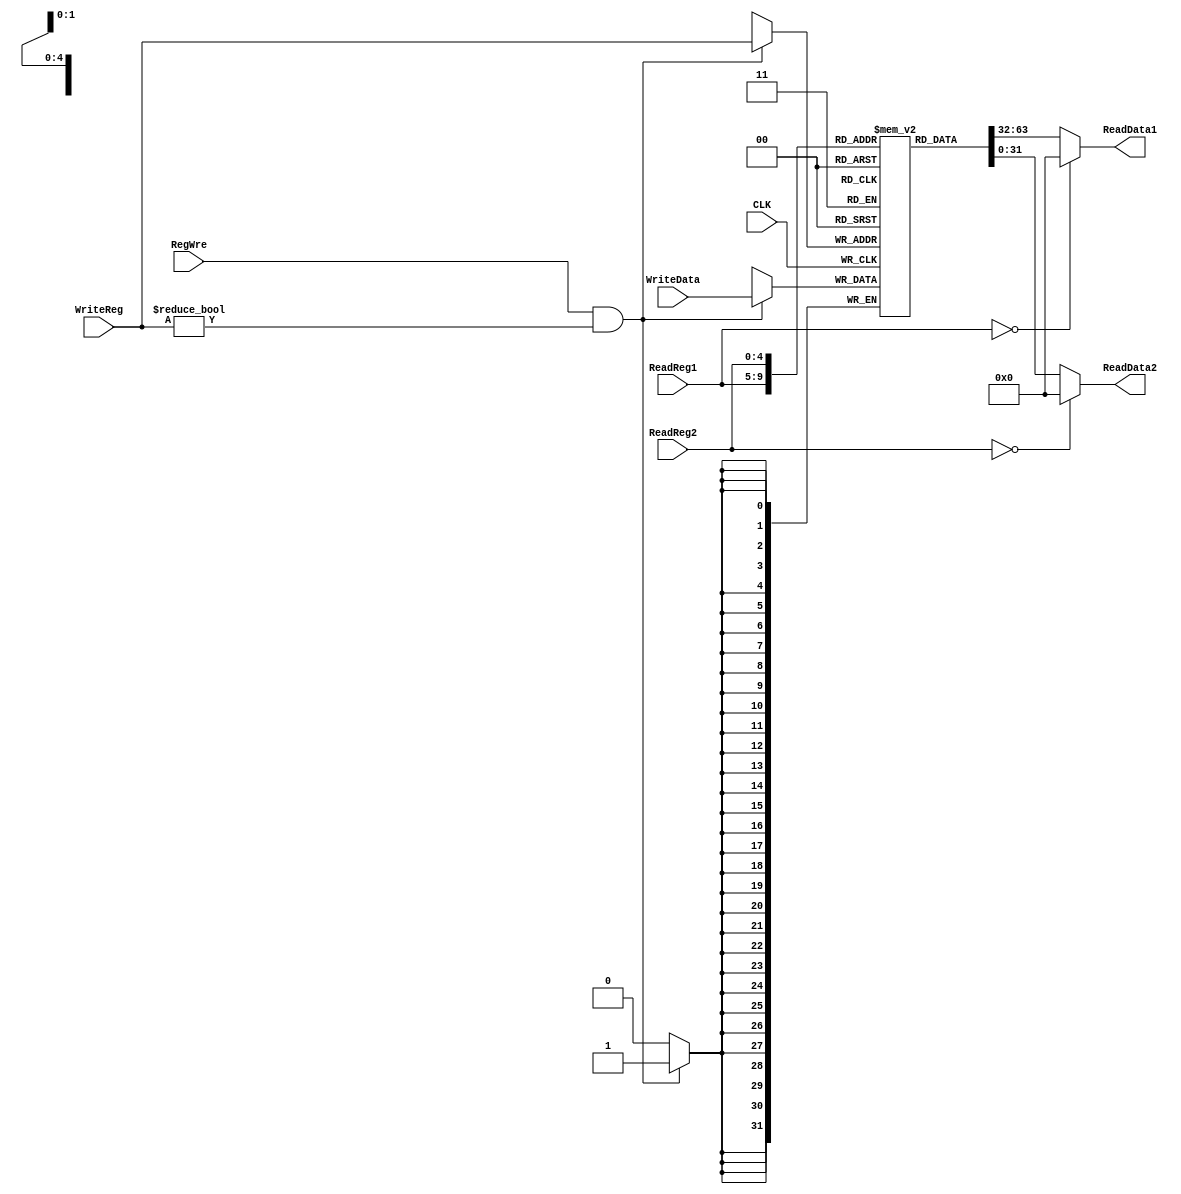
`timescale 1ns / 1ps
//////////////////////////////////////////////////////////////////////////////////
// Company: 
// Engineer: 
// 
// Design Name: 
// Module Name: Register_File
// Project Name: 
// Target Devices: 
// Tool Versions: 
// Description: 
// 
// Dependencies: 
// 
// Revision:
// Revision 0.01 - File Created
// Additional Comments:
// 
//////////////////////////////////////////////////////////////////////////////////


module Register_File(
    input CLK,RegWre,
    input[4:0]ReadReg1,
    input[4:0]ReadReg2,
    input[4:0]WriteReg,
    input[31:0]WriteData,
    output[31:0]ReadData1,
    output[31:0]ReadData2
    );
    reg[31:0] regf[1:31];
    integer i;
    initial begin
        for(i=0;i<=31;i=i+1)
            regf[i]=0;
    end
    //
    assign ReadData1 = (ReadReg1==0)? 0:regf[ReadReg1];
    assign ReadData2 = (ReadReg2==0)? 0:regf[ReadReg2];
    //
    always@(posedge CLK)begin
        if(RegWre==1'b1 && WriteReg!=0)begin
            regf[WriteReg] <= WriteData;
        end
    end
    
endmodule